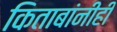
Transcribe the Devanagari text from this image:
किताबांनीही